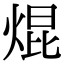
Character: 焜